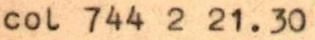
col 744 2 21.30